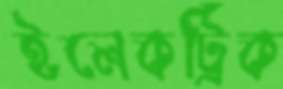
ইলেকট্রিক